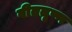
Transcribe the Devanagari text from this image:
वीततृष्ण